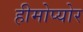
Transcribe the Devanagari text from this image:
हीमोप्योर